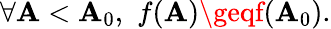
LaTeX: \forall\mathbf{A}<\mathbf{A}_{0},\, \, f(\mathbf{A})\geqf(\mathbf{A}_{0}).